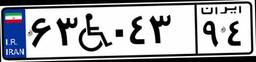
۴۱W۶۹۳۴۲